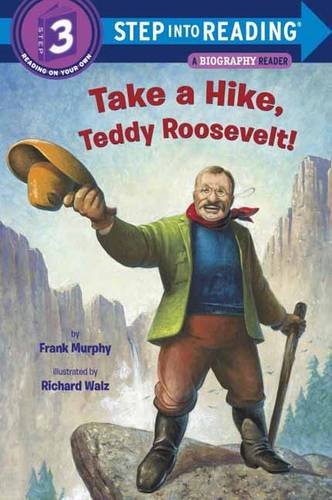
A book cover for Take a Hike, Teddy Roosevelt! (Step into Reading); Frank Murphy; Children's Books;